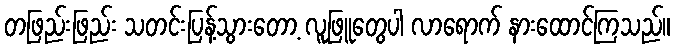
တဖြည်းဖြည်း သတင်းပြန့်သွားတော့ လူဖြူတွေပါ လာရောက် နားထောင်ကြသည်။